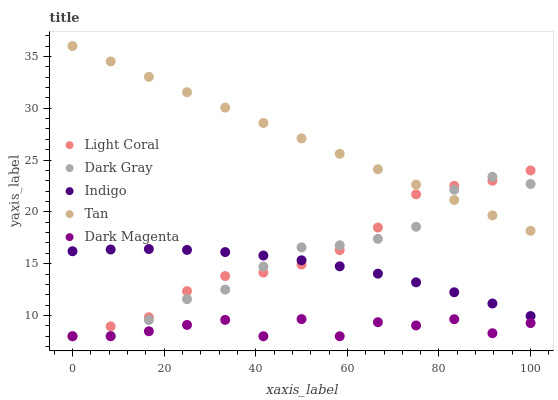
| xaxis_label | Light Coral | Dark Gray | Indigo | Tan | Dark Magenta |
 | --- | --- | --- | --- | --- | --- |
 | 0 | 8 | 8 | 16.2 | 36 | 8 |
 | 8.33 | 8.95 | 8.04 | 16.4 | 34.5 | 8 |
 | 16.7 | 9.83 | 9.57 | 16.4 | 33 | 8.48 |
 | 25 | 12.4 | 11.6 | 16.3 | 31.5 | 9.09 |
 | 33.3 | 13.8 | 12.5 | 16.1 | 30.1 | 9.58 |
 | 41.7 | 14.1 | 14.7 | 15.8 | 28.6 | 8 |
 | 50 | 14.9 | 16.6 | 15.3 | 27.1 | 9.65 |
 | 58.3 | 16.3 | 16.8 | 14.7 | 25.6 | 8 |
 | 66.7 | 18.5 | 17.4 | 14 | 24.1 | 9.36 |
 | 75 | 21.7 | 18.6 | 13.2 | 22.6 | 9.04 |
 | 83.3 | 22.5 | 22.1 | 12.2 | 21.1 | 9.64 |
 | 91.7 | 23 | 23.4 | 11.2 | 19.7 | 8.29 |
 | 100 | 24 | 22.7 | 9.95 | 18.2 | 9.27 |